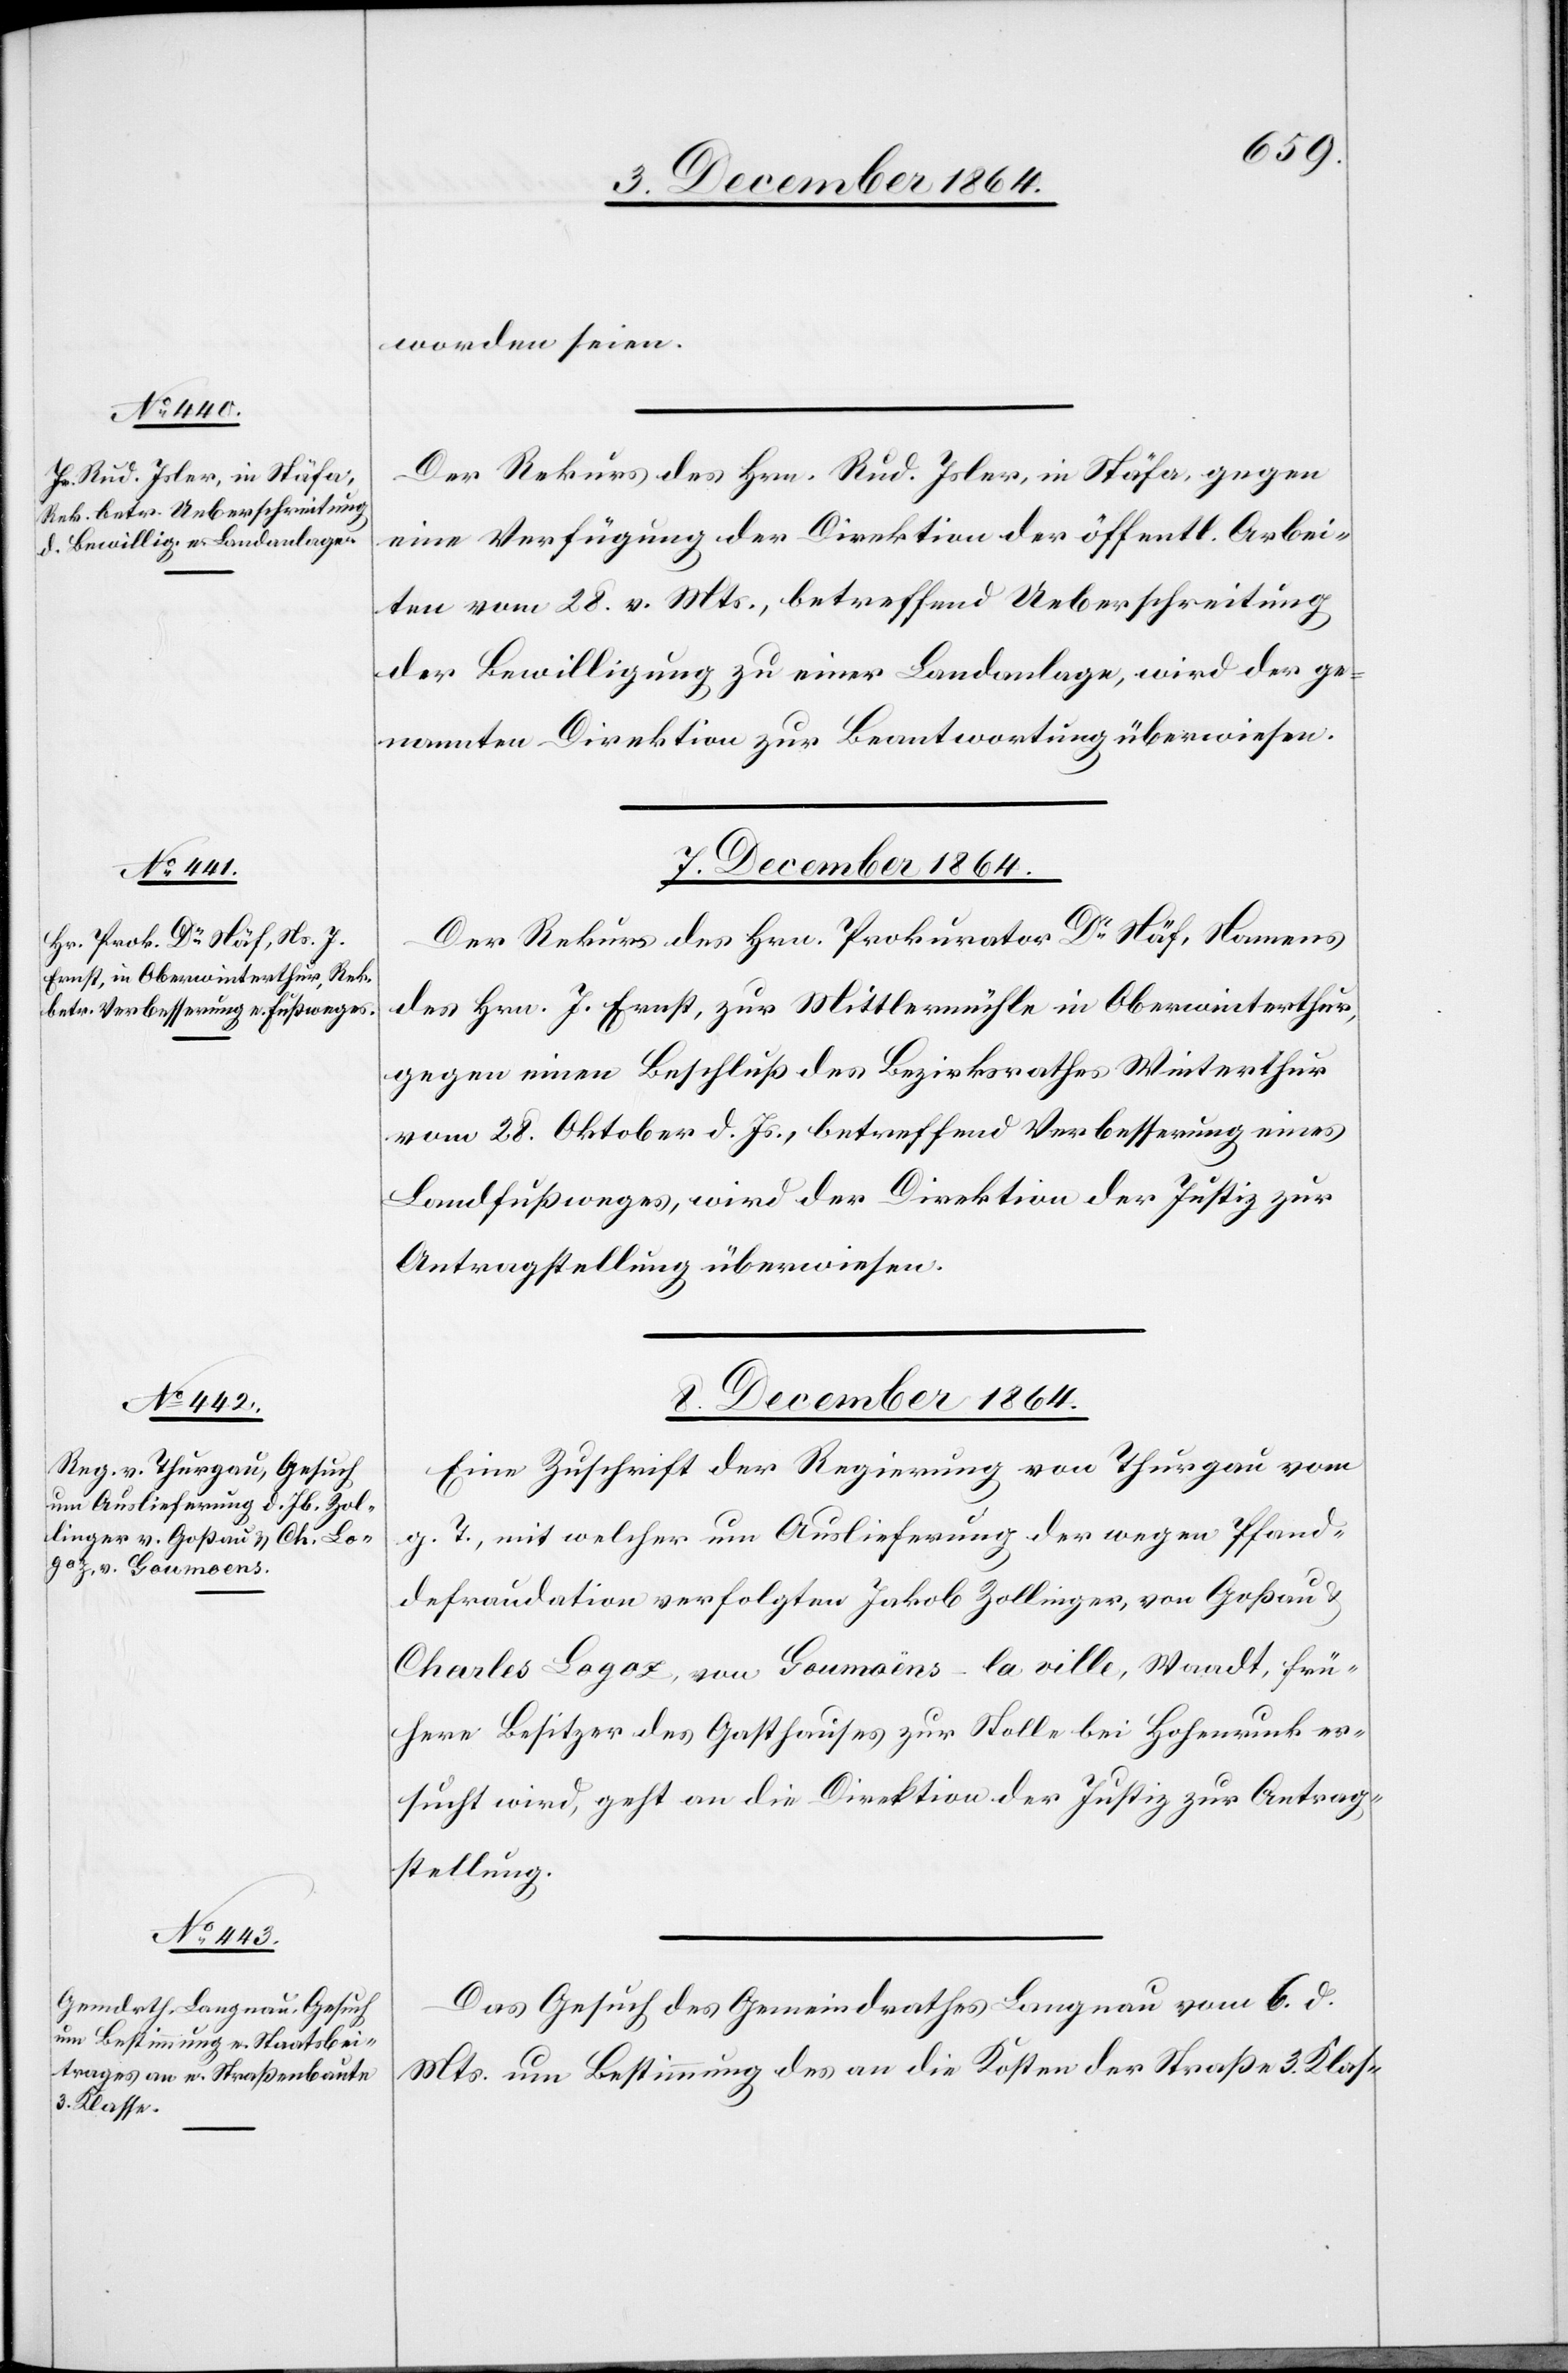
worden seien.
Der Rekurs des Hrn. Rud. Isler, in Stäfa, gegen
eine Verfügung der Direktion der öffentl. Arbei¬
ten vom 28. v. Mts., betreffend Ueberschreitung
der Bewilligung zu einer Landanlage, wird der ge¬
nannten Direktion zur Beantwortung überwiesen.
8. December 1864.]
Der Rekurs des Hrn. Prokurator Dr Näf, Namens
des Hrn. J. Ernst, zur Mittlermühle in Oberwinterthur,
gegen einen Beschluß des Bezirksrathes Winterthur
vom 28. Oktober d. Js., betreffend Verbesserung eines
Landfußweges, wird der Direktion der Justiz zur
Antragstellung überwiesen.
Eine Zuschrift der Regierung von Thurgau vom
g. T., mit welcher um Auslieferung der wegen Pfand¬
fraudation verfolgten Jakob Zollinger, von Goßau &
Charles Logoz, von Goumoëns-la ville, Waadt, frü¬
here Besitzer des Gasthauses zur Stolle bei Hohenruck er¬
sucht wird, geht an die Direktion der Justiz zur Antrag¬
stellung.
Das Gesuch des Gemeindrathes Langnau vom 6. d.
Mts. um Bestimmung des an die Kosten der Straße 3. Klas-